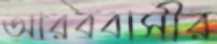
আরববাসীর